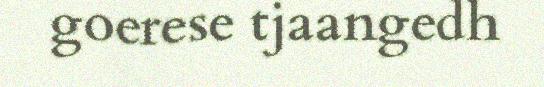
goerese tjaangedh